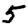
Digit: 5